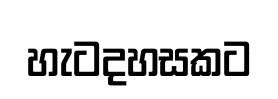
හැටදහසකට